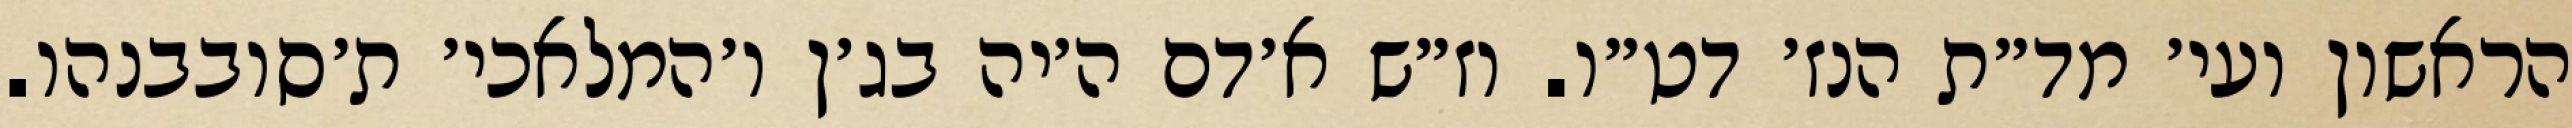
הראשון ועי׳ מד״ת הנז׳ דט״ו. וז״ש א׳דם ה׳יה בג׳ן ו׳המלאכי׳ ת׳סובבנהו.